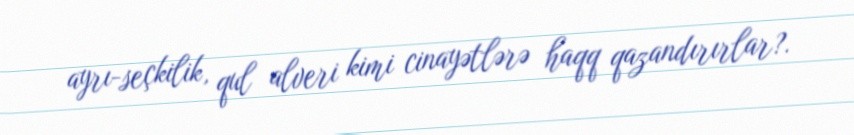
ayrı-seçkilik, qul alveri kimi cinayətlərə haqq qazandırırlar?.